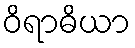
ဝိရာဓိယာ